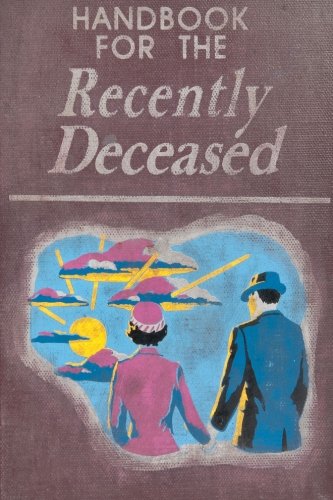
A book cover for Handbook For The Recently Deceased; James Hunt; Crafts, Hobbies & Home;